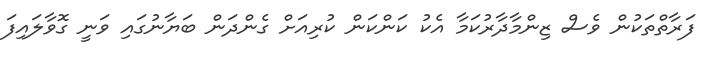
ފަރާތްތަކުން ވެސް ޒިންމާދާރުކަމާ އެކު ކަންކަން ކުރިއަށް ގެންދަން ބަޔާނުގައި ވަނީ ގޮވާލައިފަ